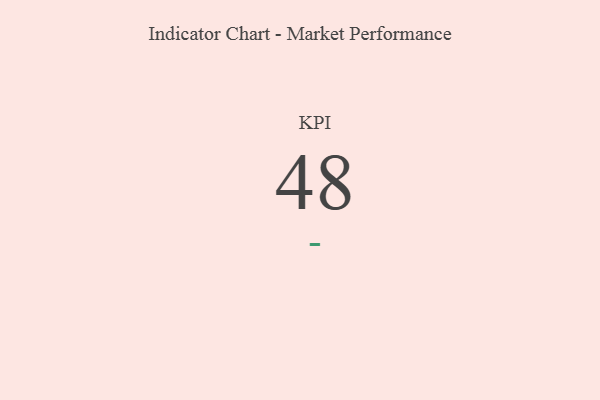
{"axis": {"x": "KPI", "y": "Value"}, "legend": [""], "data": [{"x": "KPI", "y": 48, "type": ""}]}